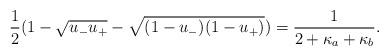
LaTeX: \begin{align*} \frac{1}{2}(1 - \sqrt{u_- u_+} - \sqrt{(1 - u_-)(1- u_+)}) = \frac{1}{2 + \kappa_a + \kappa_b}.\end{align*}